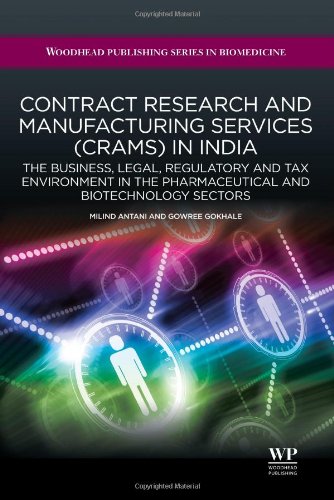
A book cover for Contract Research and Manufacturing Services (CRAMS) in India: The Business, Legal, Regulatory and Tax Environment in the Pharmaceutical and ... (Woodhead Publishing Series in Biomedicine); Business & Money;